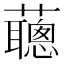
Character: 𧃿